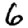
Digit: 6